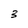
Character: 3